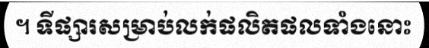
។ ទីផ្សារសម្រាប់លក់ផលិតផលទាំងនោះ